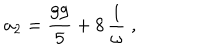
a _ { 2 } = { \displaystyle \frac { 9 9 } { 5 } } + 8 \, { \displaystyle \frac { 1 } { { \omega } } } \; ,